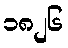
၁၈၂၆